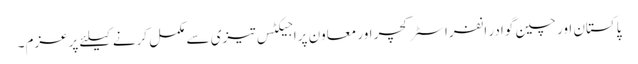
پاکستان اور چین گوادر انفراسٹرکچر اور معاون پراجیکٹس تیزی سے مکمل کرنے کیلئے پرعزم۔